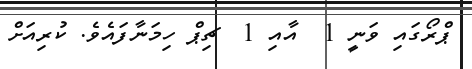
ޕްރޯގައި ވަަނީ 1  އާއި 1  ޗިޕް ހިމަނާފައެވެ. ކުރިއަށް